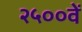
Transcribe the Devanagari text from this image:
२५००वें